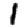
Digit: 1